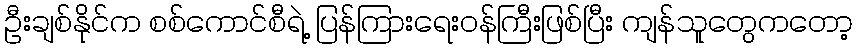
ဦးချစ်နိုင်က စစ်ကောင်စီရဲ့ ပြန်ကြားရေးဝန်ကြီးဖြစ်ပြီး ကျန်သူတွေကတော့